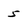
Character: 5